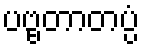
ပဗ္ဗတာတပ္ပံ